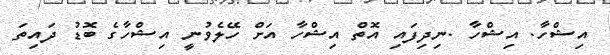
އިޝްހާ. އިޝްހާ .ނިދިފައި އޮތް އިޝްހާ އަށް ހޭލެވުނީ އިޝްހާގެ ބޮޑު ދައިތަ